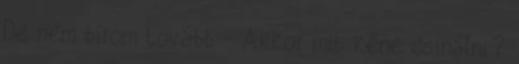
De nem bírom tovább - Akkor mit kéne csinálni?